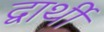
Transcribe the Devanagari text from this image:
द्वार्थी